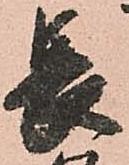
長